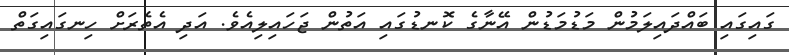
ގައިގައި ބައްދައިލަމުން މަޑުމަޑުން އޭނާގެ ކޮނޑުގައި އަތުން ޖަހައިލިއެވެ. އަދި އެތެރަށް ހިނގައިގަތް